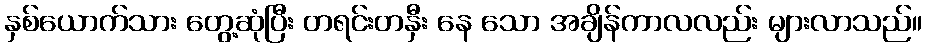
နှစ်ယောက်သား တွေ့ဆုံပြီး တရင်းတနှီး နေ သော အချိန်ကာလလည်း များလာသည်။